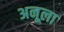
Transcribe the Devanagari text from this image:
अनूला